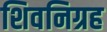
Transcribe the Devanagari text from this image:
शिवनिग्रह